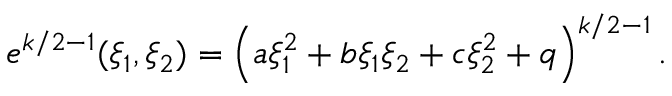
e ^ { k / 2 - 1 } ( \xi _ { 1 } , \xi _ { 2 } ) = \left( a \xi _ { 1 } ^ { 2 } + b \xi _ { 1 } \xi _ { 2 } + c \xi _ { 2 } ^ { 2 } + q \right) ^ { k / 2 - 1 } .